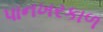
પાનખરકાળ